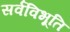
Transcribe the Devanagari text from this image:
सर्वविभूति